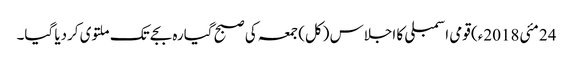
24 مئی2018ء) قومی اسمبلی کا اجلاس (کل) جمعہ کی صبح گیارہ بجے تک ملتوی کردیا گیا۔